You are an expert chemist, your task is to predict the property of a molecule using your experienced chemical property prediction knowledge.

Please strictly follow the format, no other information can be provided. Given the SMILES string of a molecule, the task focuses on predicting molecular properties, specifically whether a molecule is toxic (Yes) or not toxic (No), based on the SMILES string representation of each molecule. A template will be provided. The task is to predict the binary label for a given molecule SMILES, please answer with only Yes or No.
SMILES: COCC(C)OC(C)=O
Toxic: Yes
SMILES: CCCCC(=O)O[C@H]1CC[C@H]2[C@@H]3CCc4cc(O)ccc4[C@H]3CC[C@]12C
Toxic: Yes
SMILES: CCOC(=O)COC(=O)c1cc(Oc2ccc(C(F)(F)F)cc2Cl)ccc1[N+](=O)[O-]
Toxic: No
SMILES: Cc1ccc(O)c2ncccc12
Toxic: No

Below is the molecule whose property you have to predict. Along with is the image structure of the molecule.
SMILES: O=C(O)Cc1c[nH]c2ccccc12
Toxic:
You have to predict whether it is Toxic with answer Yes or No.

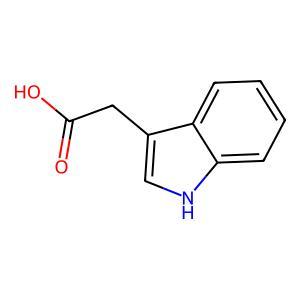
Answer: No